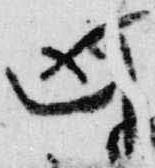
凶